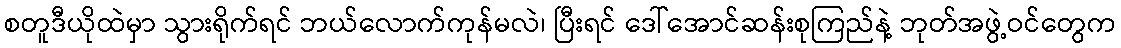
စတူဒီယိုထဲမှာ သွားရိုက်ရင် ဘယ်လောက်ကုန်မလဲ၊ ပြီးရင် ဒေါ်အောင်ဆန်းစုကြည်နဲ့ ဘုတ်အဖွဲ့ဝင်တွေက